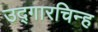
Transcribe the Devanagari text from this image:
उद्गारचिन्ह